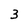
Character: 3